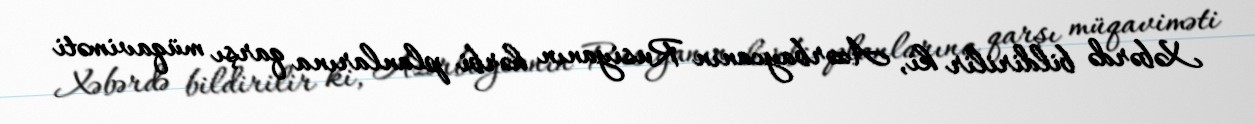
Xəbərdə bildirilir ki, Azərbaycanın Rusiyanın hərbi planlarına qarşı müqaviməti